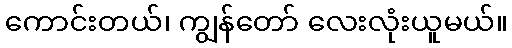
ကောင်းတယ်၊ ကျွန်တော် လေးလုံးယူမယ်။